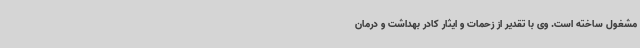
مشغول ساخته است. وی با تقدیر از زحمات و ایثار کادر بهداشت و درمان